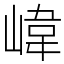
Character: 𡺨